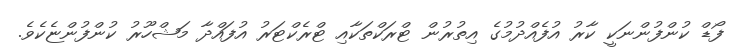
ފޯޑް ކުންފުންނަކީ ކާރު އުފެއްދުމުގެ އިތުރުން ޓްރަކްތަކާއި ޓްރެކްޓަރު އުފައްދާ މަޝްހޫރު ކުންފުންޏެކެވެ.